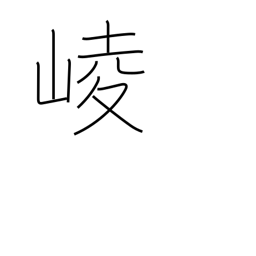
Meaning: mountains towering in a row